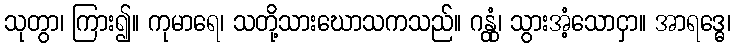
သုတွာ၊ ကြား၍။ ကုမာရေ၊ သတို့သားဃောသကသည်။ ဂန္တုံ၊ သွားအံ့သောငှာ။ အာရဒ္ဓေ၊